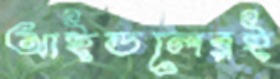
আইডলেরই